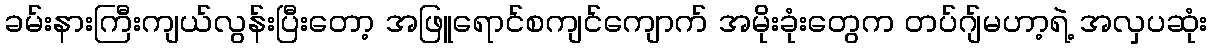
ခမ်းနားကြီးကျယ်လွန်းပြီးတော့ အဖြူရောင်စကျင်ကျောက် အမိုးခုံးတွေက တပ်ဂျ်မဟာ့ရဲ့ အလှပဆုံး